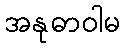
အနုဓာဝါမ